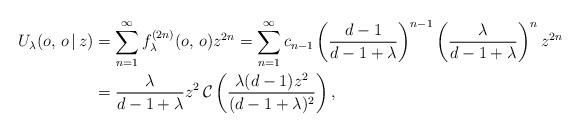
LaTeX: \begin{align*} U_\lambda(o,\, o\, |\, z) &=\sum_{n=1}^\infty f^{(2n)}_\lambda(o,\, o)z^{2n} = \sum_{n=1}^\infty c_{n-1} \left(\frac{d-1}{d-1+\lambda}\right)^{n-1} \left(\frac{\lambda}{d-1+\lambda}\right)^n z^{2n} \\ &=\frac{\lambda}{d-1+\lambda} z^2 \, \mathcal{C}\left(\frac{\lambda(d-1)z^2}{(d-1+\lambda)^2}\right) ,\end{align*}